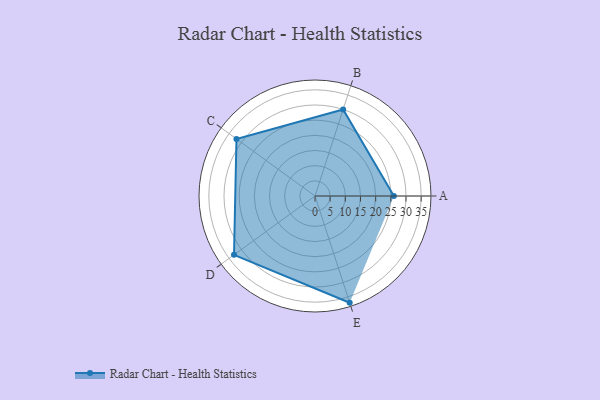
{"axis": {"x": "Skill", "y": "Score"}, "legend": ["Profile"], "data": [{"x": "A", "y": 26.0, "type": "Profile"}, {"x": "B", "y": 30.0, "type": "Profile"}, {"x": "C", "y": 32.0, "type": "Profile"}, {"x": "D", "y": 33.0, "type": "Profile"}, {"x": "E", "y": 37.0, "type": "Profile"}]}